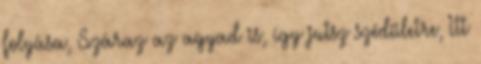
folyása, Száraz az agyad is, így jutsz szédületre, Itt